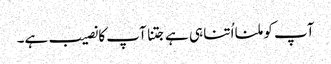
آپ کو ملنا اُتنا ہی ہے جتنا آپ کا نصیب ہے۔